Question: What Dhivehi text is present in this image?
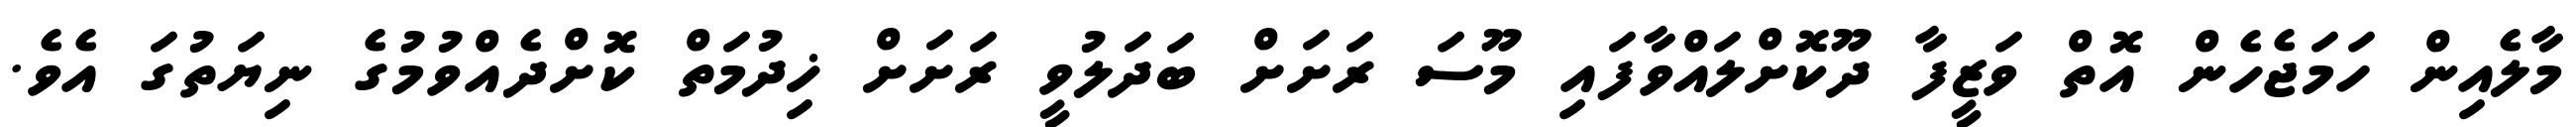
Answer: މާލެއިން ހަމަޖެހެން އޮތް ވަޒީފާ ދޫކޮށްލައްވާފައި މޫސަ ރަށަށް ބަދަލުވީ ރަށަށް ޚިދުމަތް ކޮށްދެއްވުމުގެ ނިޔަތުގަ އެވެ.